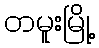
တမူးမြို့